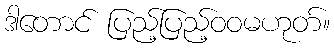
ဒါတောင် ပြည့်ပြည့်ဝဝမဟုတ်။